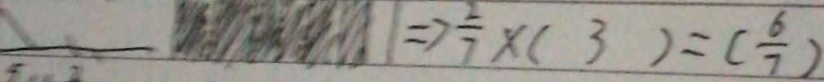
\Rightarrow \frac { 2 } { 7 } \times ( 3 ) = ( \frac { 6 } { 7 } )